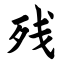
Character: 残